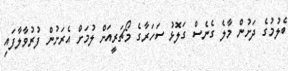
ބެލުމުގެ ދަށުން މާލެ ގެނެސް ގަލޮޅު ސަހަރާގެ މޯޗަރީއަށް ލުމަށް އެރަށުން ފުރުވާލާފައި